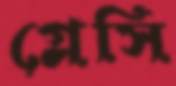
গ্লেসি